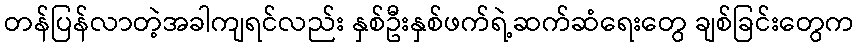
တန်ပြန်လာတဲ့အခါကျရင်လည်း နှစ်ဦးနှစ်ဖက်ရဲ့ဆက်ဆံရေးတွေ ချစ်ခြင်းတွေက